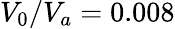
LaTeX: V_{0}/V_{a}=0.008